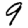
Digit: 9